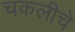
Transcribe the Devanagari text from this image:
चकलीचे